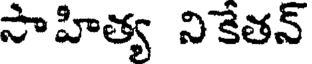
సాహిత్య నికేతన్